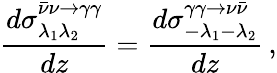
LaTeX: \frac{d{\sigma}_{\lambda_{1}\lambda_{2}}^{\bar{\nu}\nu\to\gamma\gamma}}{dz}=\frac{d{\sigma}_{-\lambda_{1}-\lambda_{2}}^{\gamma\gamma\to\nu\bar{\nu}}}{dz}\, ,